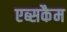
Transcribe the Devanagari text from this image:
एब्सकैम